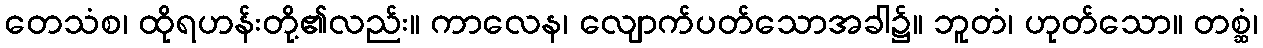
တေသံစ၊ ထိုရဟန်းတို့၏လည်း။ ကာလေန၊ လျောက်ပတ်သောအခါ၌။ ဘူတံ၊ ဟုတ်သော။ တစ္ဆံ၊